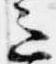
意